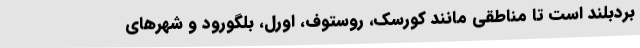
بردبلند است تا مناطقی مانند کورسک، روستوف، اورل، بلگورود و شهرهای